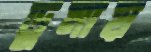
ডুমায়